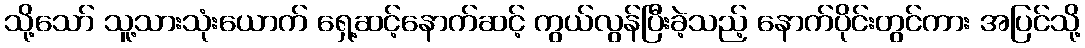
သို့သော် သူ့သားသုံးယောက် ရှေ့ဆင့်နောက်ဆင့် ကွယ်လွန်ပြီးခဲ့သည့် နောက်ပိုင်းတွင်ကား အပြင်သို့